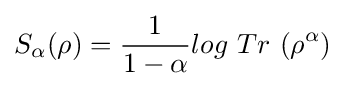
S_{\alpha }(\rho )={\frac {1}{1-\alpha }}log~Tr~(\rho ^{\alpha })